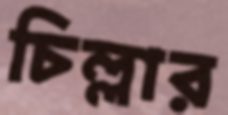
চিল্লার